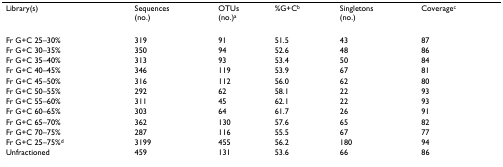
<table><thead><tr><td><b>Library(s)</b></td><td><b>Sequences(no.)</b></td><td><b>OTUs(no.)<sup>a</sup></b></td><td><b>%G+C<sup>b</sup></b></td><td><b>Singletons(no.)</b></td><td><b>Coverage<sup>c</sup></b></td></tr></thead><tbody><tr><td>Fr G+C 25–30%</td><td>319</td><td>91</td><td>51.5</td><td>43</td><td>87</td></tr><tr><td>Fr G+C 30–35%</td><td>350</td><td>94</td><td>52.6</td><td>48</td><td>86</td></tr><tr><td>Fr G+C 35–40%</td><td>313</td><td>93</td><td>53.4</td><td>50</td><td>84</td></tr><tr><td>Fr G+C 40–45%</td><td>346</td><td>119</td><td>53.9</td><td>67</td><td>81</td></tr><tr><td>Fr G+C 45–50%</td><td>316</td><td>112</td><td>56.0</td><td>62</td><td>80</td></tr><tr><td>Fr G+C 50–55%</td><td>292</td><td>62</td><td>58.1</td><td>22</td><td>93</td></tr><tr><td>Fr G+C 55–60%</td><td>311</td><td>45</td><td>62.1</td><td>22</td><td>93</td></tr><tr><td>Fr G+C 60–65%</td><td>303</td><td>64</td><td>61.7</td><td>26</td><td>91</td></tr><tr><td>Fr G+C 65–70%</td><td>362</td><td>130</td><td>57.6</td><td>65</td><td>82</td></tr><tr><td>Fr G+C 70–75%</td><td>287</td><td>116</td><td>55.5</td><td>67</td><td>77</td></tr><tr><td>Fr G+C 25–75%<sup>d</sup></td><td>3199</td><td>455</td><td>56.2</td><td>180</td><td>94</td></tr><tr><td>Unfractioned</td><td>459</td><td>131</td><td>53.6</td><td>66</td><td>86</td></tr></tbody></table>